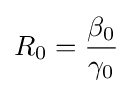
R_{0}={\frac {\beta _{0}}{\gamma _{0}}}